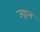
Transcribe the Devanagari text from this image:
ज्व्रान